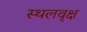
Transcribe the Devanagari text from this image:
स्थलवृक्ष